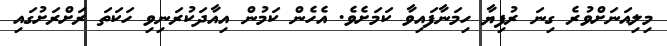
މިލިއަނަށްވުރެ ގިނަ ރުފިޔާ ހިމަނާފައިވާ ކަމަށެވެ. އެހެން ކަމުން އިއާދަކުރަނިވި ހަކަތަ ރަށްރަށުގައި